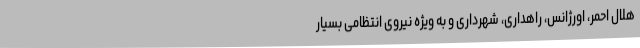
هلال احمر، اورژانس، راهداری، شهرداری و به ویژه نیروی انتظامی بسیار